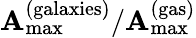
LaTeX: \mathbf{A}_{\mathrm{{max}}}^{\mathrm{{(galaxies)}}}/\mathbf{A}_{\mathrm{{max}}}^{\mathrm{{(gas)}}}